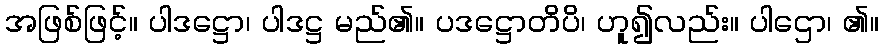
အဖြစ်ဖြင့်။ ပါဒဋ္ဌော၊ ပါဒဋ္ဌ မည်၏။ ပဒဋ္ဌောတိပိ၊ ဟူ၍လည်း။ ပါဌော၊ ၏။